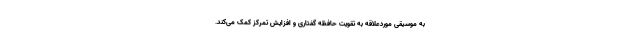
به موسیقی موردعلاقه به تقویت حافظه گفتاری و افزایش تمرکز کمک می‌کند.